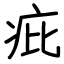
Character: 疪